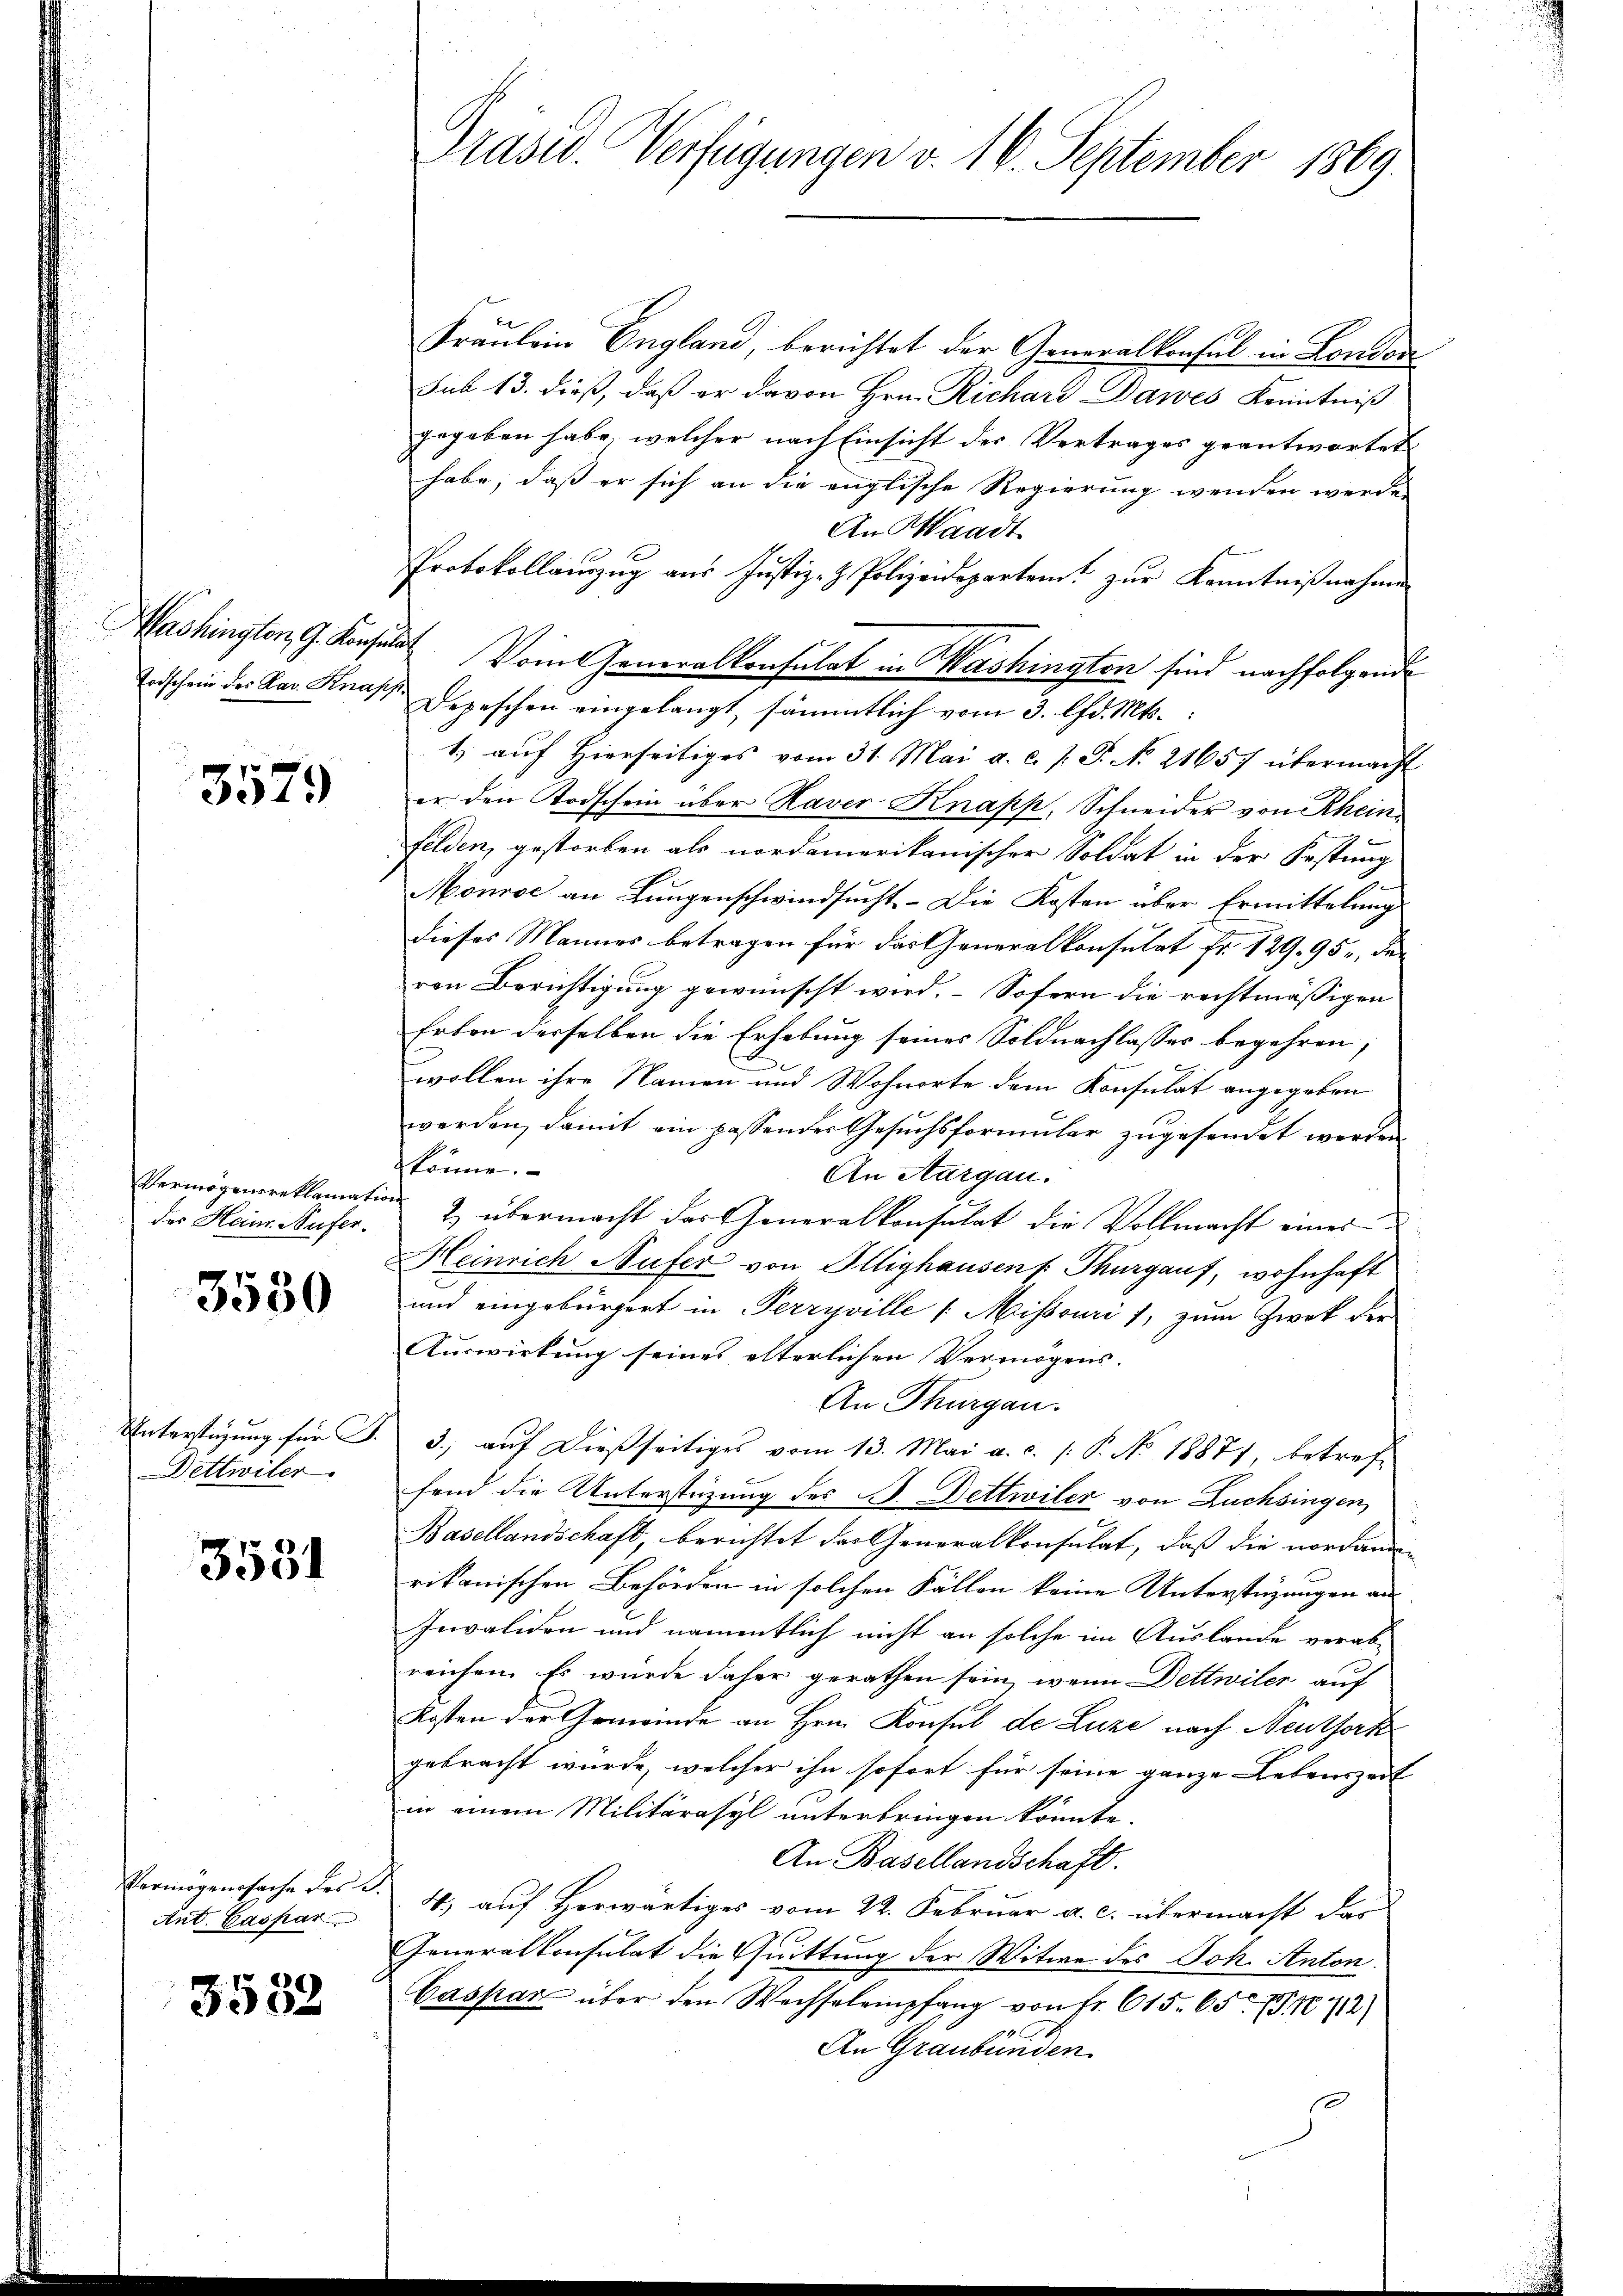
Mashington, G. Konsula
Todschein der Mar. Knapp

3579

Vermögensreklamat
des Heinr. Nufer¬

3530

Unterstützung für J.
ettwiler

3531

Vermögenssache des C.
Ant. Caspar

3533

Präsid. Verfügungen v. 16. September 1869.

Fräulein England, berichtet der Generalkonsul in London
sub 13. dieß, daß er davon Hrn. Richard Dawes Kenntniß
gegeben habe, welcher nach Einsicht der Vertrages geantwortet
habe, daß er sich an die englische Regierung wenden werde
An Waadt
Protokollauszug aus Justiz- & Polizeidepartent zur Kenntnißnahme
Vom Generalkonsulat in Washington sind nachfolgende
Depeschen eingelangt, sämmtlich vom 3. lfd. Mts.
1) auf Hierseitiges vom 31. Mai a. c. s. S. No. 21657 übermacht
er den Todschein über Haver Knapp, Schneider von Rhein
felden, gestorben als nordamerikanischer Soldat in der Festung
Mourse an Lungenschwindsucht. - Die Kosten aber Ermittelung
dieses Mannes betragen für das Generalkonsulat Fr. 129. 95, der
ren Berichtigung gewünscht wird. – Sofern die rechtmässigen
Erben derselben die Erhebung seines Soldnachlasses begehren;
wollen ihre Namen und Wohnorte dem Konsulat angegeben
werden, damit ein passender Gesŭchsformŭlar zŭgesendet werden
könne.
An Aargau.
i
2) übermacht das Generalkonsulat die Vollmacht eines
Heinrich Aufer von Illighausen Thurgauf, wohnhaft
und eingebürgert in Perryville [Missouri), zum Zwek der
Auswirkung seines elterlichen Vermögens-
An Thurgau.
3) auf dießseitiges vom 13. Mai a.c. (: P. No 18877, betreffend die Unterstüzung des B. Dettwiler von Züchsingen,
Basellandschaft, berichtet der Generalkonsulat, daß die nordame
rikanischen Behörden in solchen Fällen keine Unterstüzungen aus
Invaliden und namentlich nicht an solche im Auslande verab-
reichen. Es wurde daher gerathen sein, wenn Dettwiler auf
Kosten der Gemeinde an Hrn. Konsul de Luze nach Neuthork
gebracht wurde, welcher ihn sofort für seine ganze Lebenszeit |
in einem Militärasyl unterbringen könnte.
An Basellandschaft.
4.) auf Herwärtiges vom 22. Februar a. c. übermacht das
Generalkonsulat die Quittung der Witwe des Joh. Anton¬
Caspar über den Wechselempfang von fr. 615. 65 (§. N. 712)
An Graubünden.